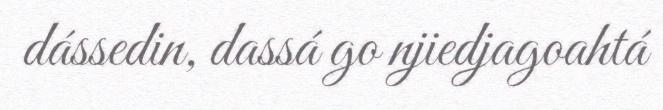
dássedin, dassá go njiedjagoahtá